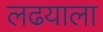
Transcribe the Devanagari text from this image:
लढयाला